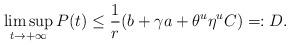
LaTeX: \begin{align*}\limsup_{t\to+\infty} P(t) \leq\frac1r({b+\gamma a +\theta^u\eta^uC})=:D.\end{align*}